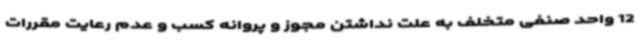
12 واحد صنفی متخلف به علت نداشتن مجوز و پروانه کسب و عدم رعایت مقررات